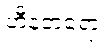
ဟီနတရော